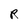
Character: R